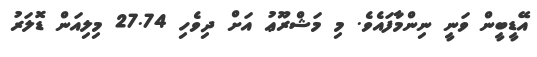
އޭޑީބީން ވަނީ ނިންމާފައެވެ. މި މަޝްރޫޢު އަށް ދިވެހި 27.74 މިލިއަން ޑޮލަރު